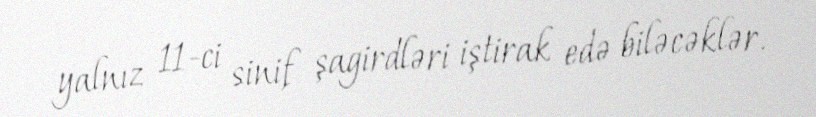
yalnız 11-ci sinif şagirdləri iştirak edə biləcəklər.